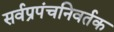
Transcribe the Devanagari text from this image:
सर्वप्रपंचनिवर्तक